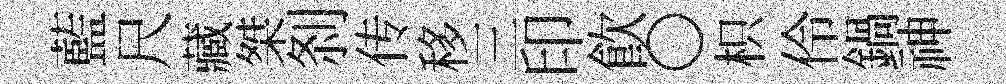
藍尺藏桀𠛴传移三印飮〇枳伶鍋神